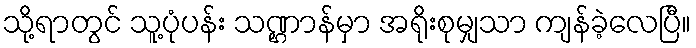
သို့ရာတွင် သူ့ပုံပန်း သဏ္ဌာန်မှာ အရိုးစုမျှသာ ကျန်ခဲ့လေပြီ။